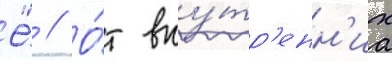
Ё́ // О́т вну́тр'енн'их